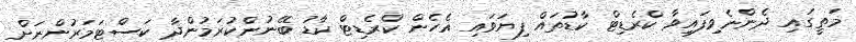
މަތީގައި ދެންނެވިފައިވާ ކްރެޑިޓް ކާޑުތައް ފިޔަވައި އެހެން ކްރެޑިޓް ކާޑު ބޭނުންކުރަމުންދާ ކަސްޓަމަރުންނަށް